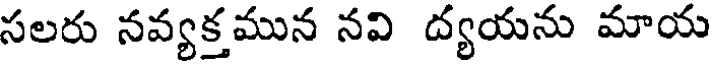
సలరు నవ్యక్తమున నవి ద్యయను మాయ